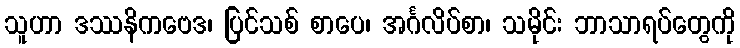
သူဟာ ဒဿနိကဗေဒ၊ ပြင်သစ် စာပေ၊ အင်္ဂလိပ်စာ၊ သမိုင်း ဘာသာရပ်တွေကို